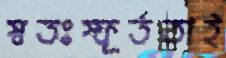
স্বতঃস্ফূর্ততাই